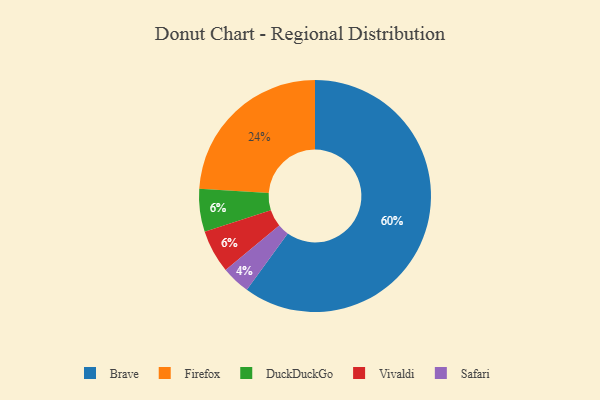
{"axis": {"x": "Category", "y": "Percentage"}, "legend": ["Brave", "DuckDuckGo", "Firefox", "Safari", "Vivaldi"], "data": [{"x": "Firefox", "y": 24, "type": "Firefox"}, {"x": "Safari", "y": 4, "type": "Safari"}, {"x": "DuckDuckGo", "y": 6, "type": "DuckDuckGo"}, {"x": "Brave", "y": 60, "type": "Brave"}, {"x": "Vivaldi", "y": 6, "type": "Vivaldi"}]}